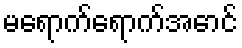
မရောက်ရောက်အောင်